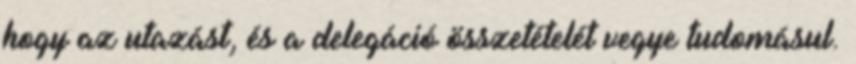
hogy az utazást, és a delegáció összetételét vegye tudomásul.